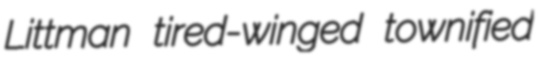
Littman tired-winged townified